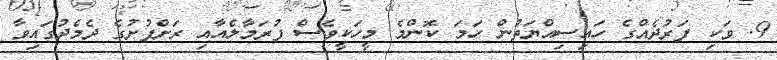
9. ވަކި ފަރުދެއްގެ ހައިސިއްޔަތުން ހަމަ ކޮންމެ މީހަކީވެސް ފުރަމާލެއާއި ރަށްފުށުގެ ދެމެދުގައިވާ